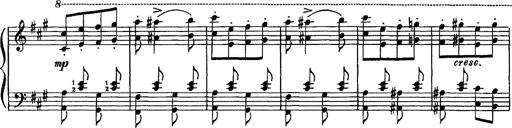
Title: Hungarian Rhapsody No.16
Composer: Franz Liszt
Key: A minor